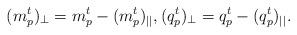
LaTeX: \begin{align*}(m_p^t)_{\perp}=m_p^t-(m_p^t)_{||},(q_p^t)_{\perp}=q_p^t-(q_p^t)_{||}.\end{align*}